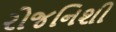
રોજનિશી